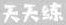
天天练